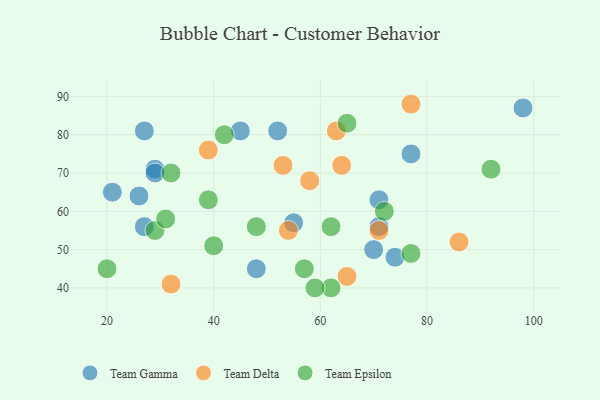
{"axis": {"x": "GDP", "y": "Life Expectancy"}, "legend": ["Team Delta", "Team Epsilon", "Team Gamma"], "data": [{"x": "70", "y": 50, "type": "Team Gamma"}, {"x": "45", "y": 81, "type": "Team Gamma"}, {"x": "26", "y": 64, "type": "Team Gamma"}, {"x": "48", "y": 45, "type": "Team Gamma"}, {"x": "21", "y": 65, "type": "Team Gamma"}, {"x": "71", "y": 56, "type": "Team Gamma"}, {"x": "27", "y": 81, "type": "Team Gamma"}, {"x": "71", "y": 63, "type": "Team Gamma"}, {"x": "77", "y": 75, "type": "Team Gamma"}, {"x": "29", "y": 71, "type": "Team Gamma"}, {"x": "29", "y": 70, "type": "Team Gamma"}, {"x": "27", "y": 56, "type": "Team Gamma"}, {"x": "52", "y": 81, "type": "Team Gamma"}, {"x": "74", "y": 48, "type": "Team Gamma"}, {"x": "98", "y": 87, "type": "Team Gamma"}, {"x": "55", "y": 57, "type": "Team Gamma"}, {"x": "86", "y": 52, "type": "Team Delta"}, {"x": "32", "y": 41, "type": "Team Delta"}, {"x": "58", "y": 68, "type": "Team Delta"}, {"x": "54", "y": 55, "type": "Team Delta"}, {"x": "65", "y": 43, "type": "Team Delta"}, {"x": "39", "y": 76, "type": "Team Delta"}, {"x": "53", "y": 72, "type": "Team Delta"}, {"x": "71", "y": 55, "type": "Team Delta"}, {"x": "64", "y": 72, "type": "Team Delta"}, {"x": "63", "y": 81, "type": "Team Delta"}, {"x": "77", "y": 88, "type": "Team Delta"}, {"x": "72", "y": 60, "type": "Team Epsilon"}, {"x": "57", "y": 45, "type": "Team Epsilon"}, {"x": "77", "y": 49, "type": "Team Epsilon"}, {"x": "29", "y": 55, "type": "Team Epsilon"}, {"x": "31", "y": 58, "type": "Team Epsilon"}, {"x": "39", "y": 63, "type": "Team Epsilon"}, {"x": "62", "y": 40, "type": "Team Epsilon"}, {"x": "65", "y": 83, "type": "Team Epsilon"}, {"x": "59", "y": 40, "type": "Team Epsilon"}, {"x": "92", "y": 71, "type": "Team Epsilon"}, {"x": "20", "y": 45, "type": "Team Epsilon"}, {"x": "42", "y": 80, "type": "Team Epsilon"}, {"x": "48", "y": 56, "type": "Team Epsilon"}, {"x": "32", "y": 70, "type": "Team Epsilon"}, {"x": "40", "y": 51, "type": "Team Epsilon"}, {"x": "62", "y": 56, "type": "Team Epsilon"}]}